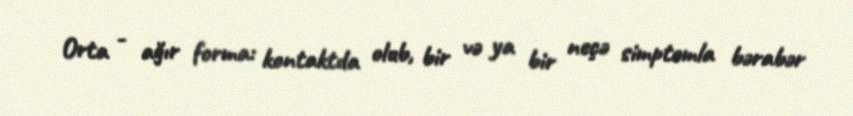
Orta - ağır forma: kontaktda olub, bir və ya bir neçə simptomla bərabər